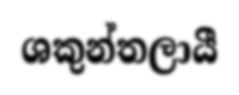
ශකුන්තලායී